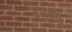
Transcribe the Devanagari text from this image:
बेनक्यू